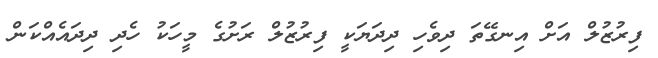
ފިރުޒުލް އަށް އިނގޭތަ ދިވެހި ދިދަޔަކީ ފިރުޒުލް ރަށުގެ މީހަކު ހެދި ދިދައެއްކަން